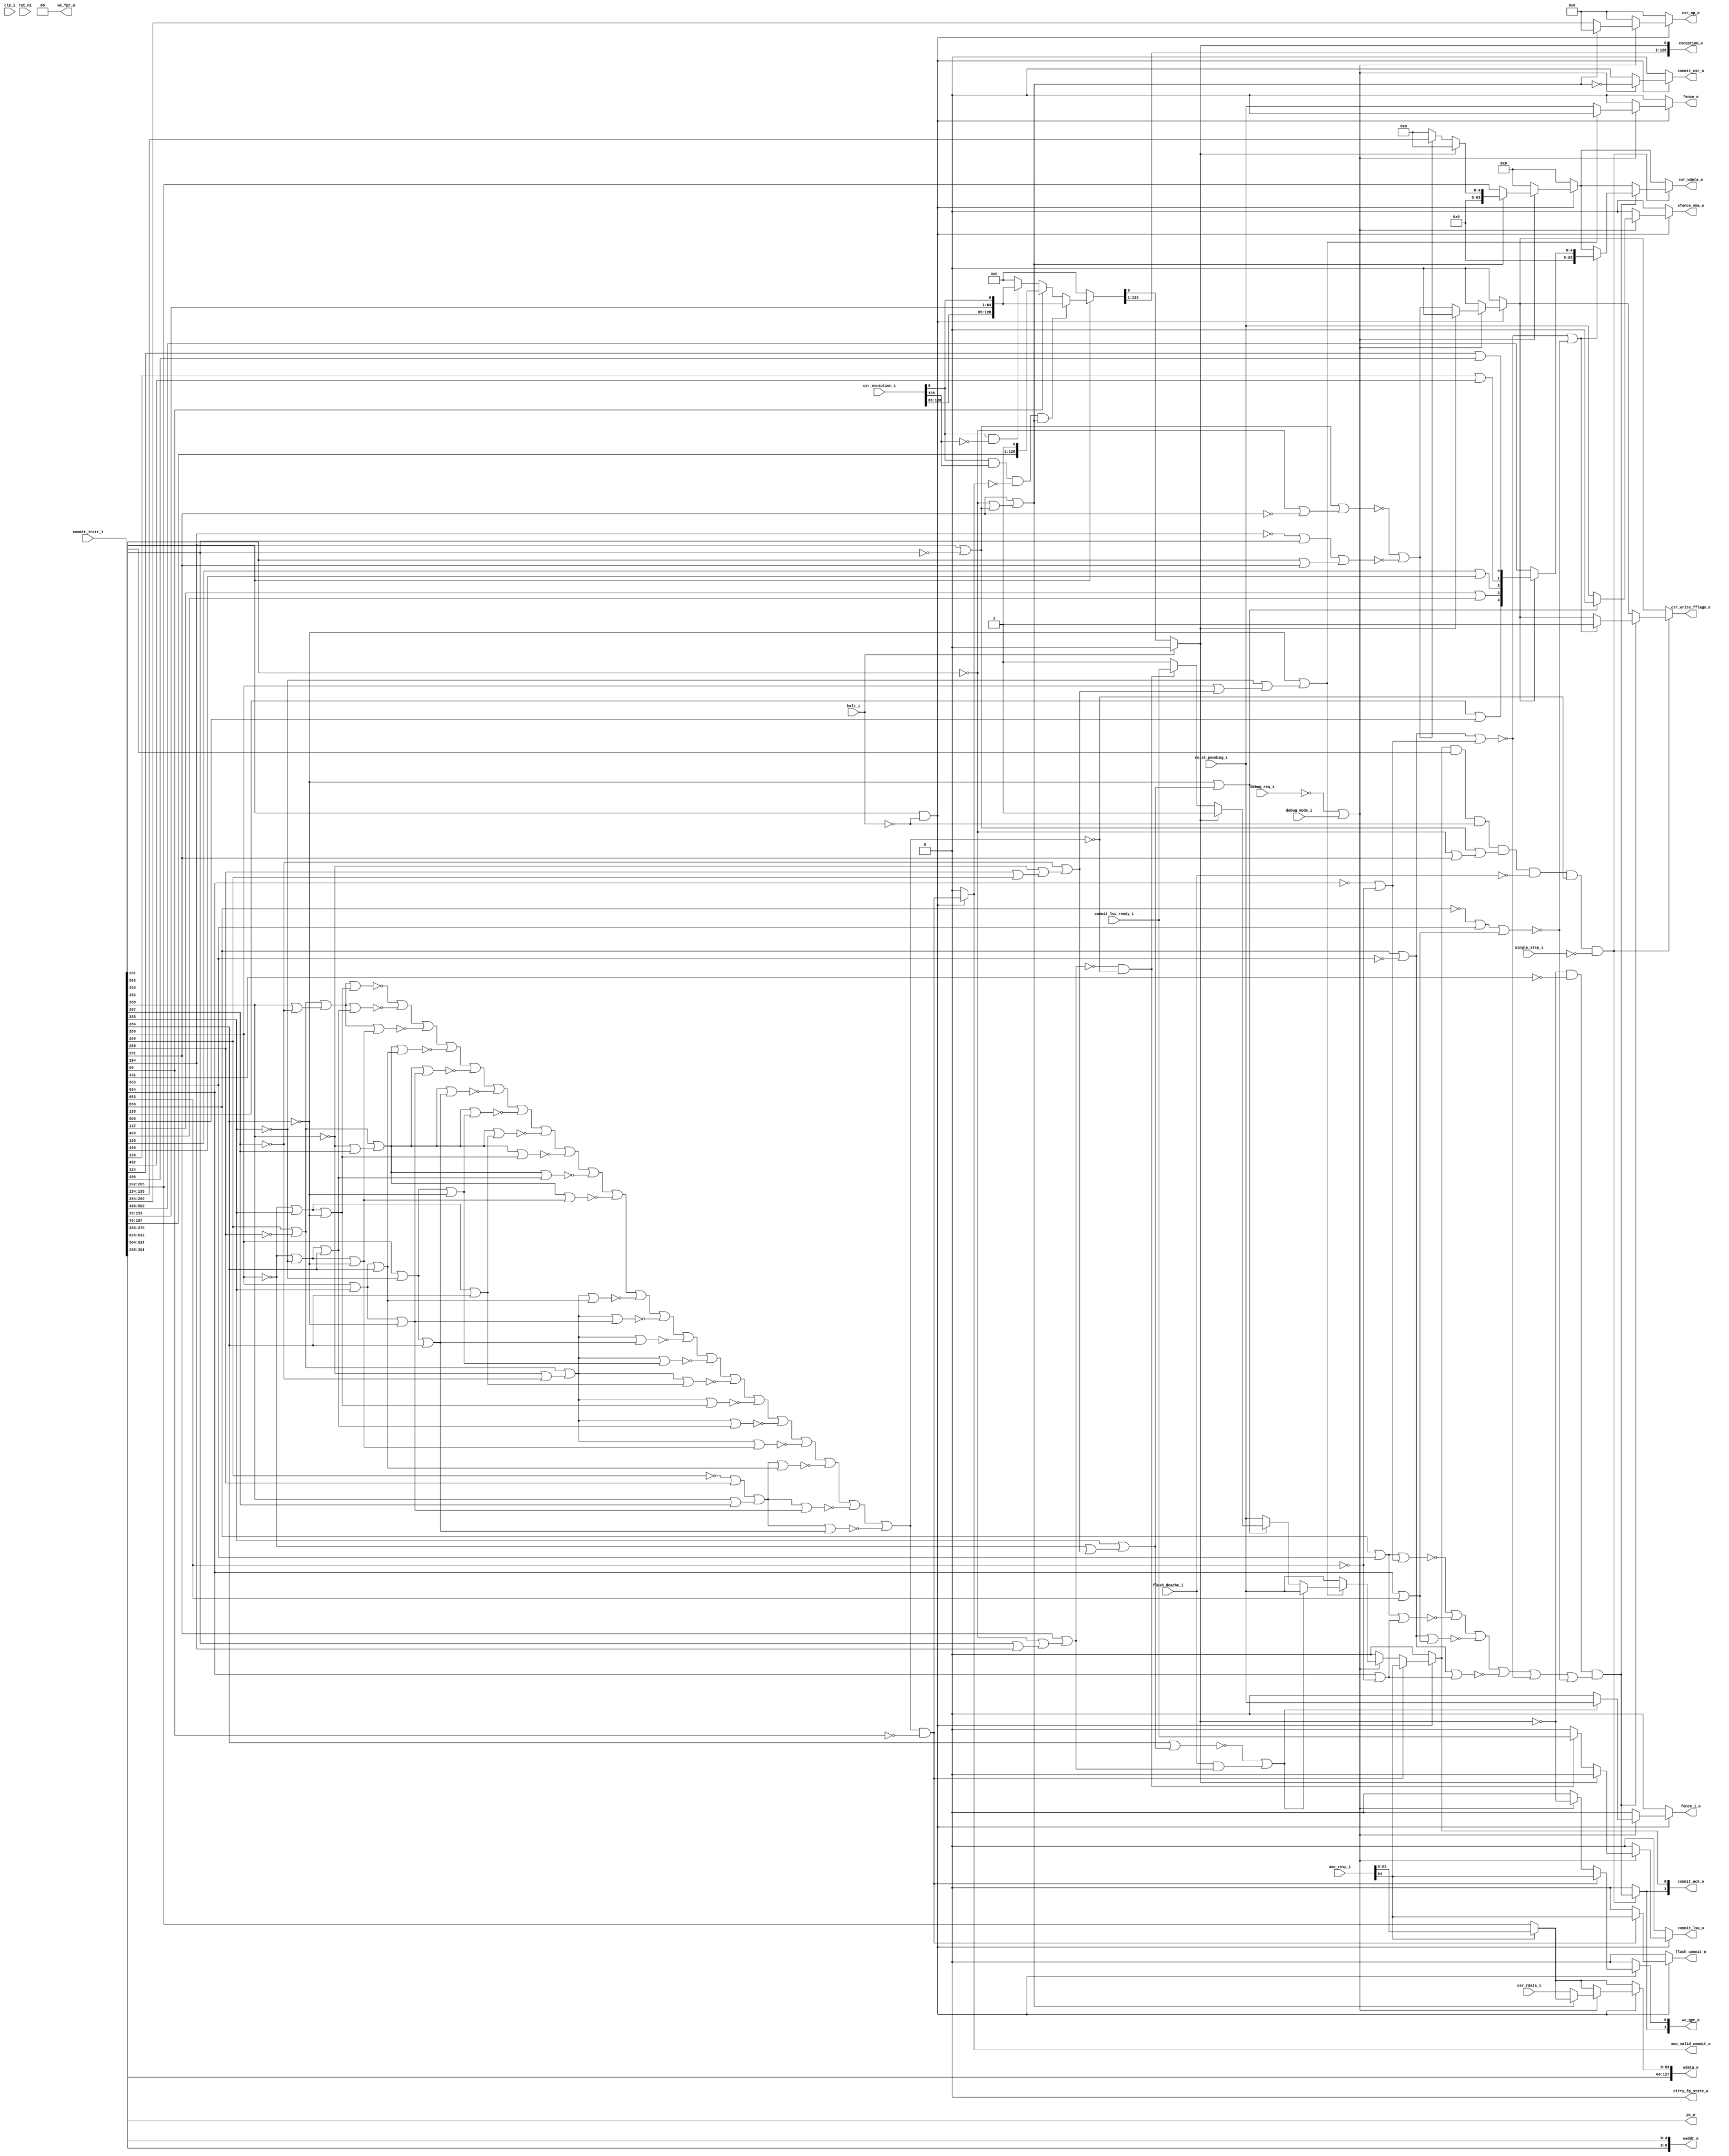
module commit_stage
(
  clk_i,
  rst_ni,
  halt_i,
  flush_dcache_i,
  exception_o,
  dirty_fp_state_o,
  debug_mode_i,
  debug_req_i,
  single_step_i,
  commit_instr_i,
  commit_ack_o,
  waddr_o,
  wdata_o,
  we_gpr_o,
  we_fpr_o,
  amo_resp_i,
  pc_o,
  csr_op_o,
  csr_wdata_o,
  csr_rdata_i,
  csr_exception_i,
  csr_write_fflags_o,
  commit_lsu_o,
  commit_lsu_ready_i,
  amo_valid_commit_o,
  no_st_pending_i,
  commit_csr_o,
  fence_i_o,
  fence_o,
  flush_commit_o,
  sfence_vma_o
);

  output [128:0] exception_o;
  input [723:0] commit_instr_i;
  output [1:0] commit_ack_o;
  output [9:0] waddr_o;
  output [127:0] wdata_o;
  output [1:0] we_gpr_o;
  output [1:0] we_fpr_o;
  input [64:0] amo_resp_i;
  output [63:0] pc_o;
  output [6:0] csr_op_o;
  output [63:0] csr_wdata_o;
  input [63:0] csr_rdata_i;
  input [128:0] csr_exception_i;
  input clk_i;
  input rst_ni;
  input halt_i;
  input flush_dcache_i;
  input debug_mode_i;
  input debug_req_i;
  input single_step_i;
  input commit_lsu_ready_i;
  input no_st_pending_i;
  output dirty_fp_state_o;
  output csr_write_fflags_o;
  output commit_lsu_o;
  output amo_valid_commit_o;
  output commit_csr_o;
  output fence_i_o;
  output fence_o;
  output flush_commit_o;
  output sfence_vma_o;
  wire [128:0] exception_o;
  wire [1:0] commit_ack_o,we_gpr_o,we_fpr_o;
  wire [9:0] waddr_o;
  wire [127:0] wdata_o;
  wire [63:0] pc_o,csr_wdata_o;
  wire [6:0] csr_op_o;
  wire dirty_fp_state_o,csr_write_fflags_o,commit_lsu_o,amo_valid_commit_o,
  commit_csr_o,fence_i_o,fence_o,flush_commit_o,sfence_vma_o,N0,N1,N2,N3,N4,N5,N6,N7,N8,N9,
  N10,N11,N12,N13,N14,N15,N16,N17,N18,N19,N20,N21,N22,N23,N24,N25,N26,N27,N28,N29,
  N30,N31,N32,N33,N34,N35,N36,N37,N38,N39,N40,N41,N42,N43,N44,N45,N46,N47,N48,N49,
  N50,N51,N52,N53,N54,N55,N56,N57,N58,N59,N60,N61,N62,N63,N64,N65,N66,N67,N68,N69,
  N70,N71,N72,N73,N74,instr_0_is_amo,N75,N76,N77,N78,N79,N80,N81,N82,N83,N84,N85,N86,
  N87,N88,N89,N90,N91,N92,N93,N94,N95,N96,N97,N98,N99,N100,N101,N102,N103,N104,
  N105,N106,N107,N108,N109,N110,N111,N112,N113,N114,N115,N116,N117,N118,N119,N120,
  N121,N122,N123,N124,N125,N126,N127,N128,N129,N130,N131,N132,N133,N134,N135,N136,
  N137,N138,N139,N140,N141,N142,N143,N144,N145,N146,N147,N148,N149,N150,N151,N152,
  N153,N154,N155,N156,N157,N158,N159,N160,N161,N162,N163,N164,N165,N166,N167,N168,
  N169,N170,N171,N172,N173,N174,N175,N176,N177,N178,N179,N180,N181,N182,N183,N184,
  N185,N186,N187,N188,N189,N190,N191,N192,N193,N194,N195,N196,N197,N198,N199,N200,
  N201,N202,N203,N204,N205,N206,N207,N208,N209,N210,N211,N212,N213,N214,N215,N216,
  N217,N218,N219,N220,N221,N222,N223,N224,N225,N226,N227,N228,N229,N230,N231,N232,
  N233,N234,N235,N236,N237,N238,N239,N240,N241,N242,N243,N244,N245,N246,N247,N248,
  N249,N250,N251,N252,N253,N254,N255,N256,N257,N258,N259,N260,N261,N262,N263,N264,
  N265,N266,N267,N268,N269,N270,N271,N272,N273,N274,N275,N276,N277,N278,N279,N280,
  N281,N282,N283,N284,N285,N286,N287,N288,N289,N290,N291,N292,N293,N294,N295,N296,
  N297,N298,N299,N300,N301,N302,N303,N304,N305,N306,N307,N308,N309,N310,N311,N312,
  N313,N314,N315,N316,N317,N318,N319,N320,N321,N322,N323,N324,N325,N326,N327,N328,
  N329,N330,N331,N332,N333,N334,N335,N336,N337,N338,N339,N340,N341,N342,N343,N344,
  N345,N346,N347,N348,N349,N350,N351,N352,N353,N354,N355,N356,N357,N358,N359,N360,
  N361,N362,N363,N364,N365,N366,N367,N368,N369,N370,N371,N372,N373,N374,N375,N376,
  N377,N378,N379,N380,N381,N382,N383,N384,N385,N386,N387,N388,N389,N390,N391,N392,
  N393,N394,N395,N396,N397,N398,N399,N400,N401,N402,N403,N404,N405,N406,N407,N408,
  N409,N410,N411,N412,N413,N414,N415,N416,N417,N418,N419,N420,N421,N422,N423,N424,
  N425,N426,N427,N428,N429,N430,N431,N432,N433,N434,N435,N436,N437,N438,N439,N440,
  N441,N442,N443,N444,N445,N446,N447,N448,N449,N450,N451,N452,N453,N454,N455,N456,
  N457,N458,N459,N460,N461,N462,N463,N464,N465,N466,N467,N468,N469,N470,N471,N472,
  N473,N474,N475,N476,N477,N478,N479,N480,N481,N482,N483,N484,N485,N486,N487,N488,
  N489,N490,N491,N492,N493,N494,N495,N496,N497,N498,N499,N500,N501,N502,N503,N504,
  N505,N506,N507,N508,N509,N510,N511,N512,N513,N514,N515,N516,N517,N518,N519,N520,
  N521,N522,N523,N524,N525,N526,N527,N528,N529,N530,N531,N532,N533,N534,N535,N536,
  N537,N538,N539,N540,N541,N542,N543,N544,N545,N546,N547,N548,N549,N550,N551,N552,
  N553,N554,N555,N556,N557,N558,N559,N560,N561,N562,N563,N564,N565,N566,N567,N568,
  N569,N570,N571,N572,N573,N574,N575,N576,N577,N578,N579,N580,N581,N582,N583,N584,
  N585,N586,N587,N588,N589,N590,N591,N592,N593,N594,N595,N596,N597,N598,N599,N600,
  N601,N602,N603,N604,N605,N606,N607,N608,N609,N610,N611,N612,N613,N614,N615,N616,
  N617,N618,N619,N620,N621,N622,N623,N624,N625,N626,N627,N628,N629,N630,N631,N632,
  N633,N634,N635,N636,N637,N638,N639,N640,N641,N642,N643,N644,N645,N646,N647,N648,
  N649,N650,N651,N652,N653,N654,N655,N656,N657,N658,N659,N660,N661,N662,N663,N664,
  N665,N666,N667,N668,N669,N670,N671,N672,N673,N674,N675,N676,N677,N678,N679,N680,
  N681,N682,N683,N684,N685,N686,N687,N688,N689,N690,N691,N692,N693,N694,N695,N696,
  N697,N698,N699,N700,N701,N702,N703,N704,N705,N706,N707,N708,N709,N710,N711,N712,
  N713,N714,N715,N716,N717,N718,N719,N720,N721,N722,N723,N724,N725,N726,N727,N728,
  N729,N730,N731,N732,N733,N734,N735,N736,N737,N738,N739,N740,N741,N742,N743,N744,
  N745,N746,N747,N748,N749,N750,N751,N752,N753,N754,N755,N756,N757,N758,N759,N760,
  N761,N762,N763,N764,N765,N766,N767,N768,N769,N770,N771,N772,N773,N774,N775,N776,
  N777,N778,N779,N780,N781,N782,N783,N784,N785,N786,N787,N788,N789,N790,N791,N792,
  N793,N794,N795,N796,N797,N798,N799,N800,N801,N802,N803,N804,N805,N806,N807,N808,
  N809,N810,N811,N812,N813,N814,N815,N816,N817,N818,N819,N820,N821,N822,N823,N824,
  N825,N826,N827,N828,N829,N830,N831,N832,N833,N834,N835,N836,N837,N838,N839,N840,
  N841,N842,N843,N844,N845,N846,N847,N848,N849,N850,N851,N852,N853,N854,N855,N856,
  N857,N858,N859,N860,N861,N862,N863,N864,N865,N866,N867,N868,N869,N870,N871,N872,
  N873,N874,N875,N876,N877,N878,N879,N880,N881,N882,N883,N884,N885,N886,N887,N888,
  N889,N890,N891,N892,N893,N894,N895,N896,N897,N898,N899,N900,N901,N902,N903,N904,
  N905,N906,N907,N908,N909,N910,N911,N912,N913,N914,N915,N916,N917,N918,N919,N920,
  N921,N922,N923,N924,N925,N926,N927,N928,N929,N930,N931,N932,N933,N934,N935,N936,
  N937,N938,N939,N940,N941,N942,N943,N944,N945,N946,N947,N948,N949,N950,N951,N952,
  N953,N954,N955,N956,N957,N958,N959,N960,N961,N962,N963,N964,N965,N966,N967,N968,
  N969,N970,N971,N972,N973,N974,N975,N976,N977,N978,N979,N980,N981,N982,N983,N984,
  N985,N986,N987,N988,N989,N990,N991,N992,N993,N994,N995,N996,N997,N998,N999,N1000,
  N1001,N1002,N1003,N1004,N1005,N1006,N1007,N1008,N1009,N1010,N1011,N1012,N1013,
  N1014,N1015,N1016,N1017,N1018,N1019,N1020,N1021,N1022,N1023,N1024,N1025,N1026,N1027,
  N1028,N1029,N1030,N1031,N1032,N1033,N1034,N1035,N1036,N1037,N1038,N1039,N1040,
  N1041,N1042,N1043,N1044,N1045,N1046,N1047,N1048,N1049,N1050,N1051,N1052,N1053,
  N1054,N1055,N1056,N1057,N1058,N1059,N1060,N1061,N1062,N1063,N1064,N1065,N1066,N1067,
  N1068,N1069,N1070,N1071,N1072,N1073,N1074,N1075,N1076,N1077,N1078,N1079,N1080,
  N1081,N1082,N1083,N1084,N1085,N1086,N1087,N1088,N1089,N1090,N1091,N1092,N1093,
  N1094,N1095,N1096,N1097,N1098,N1099,N1100,N1101,N1102,N1103,N1104,N1105,N1106,N1107,
  N1108,N1109,N1110,N1111,N1112,N1113,N1114,N1115,N1116,N1117,N1118,N1119,N1120,
  N1121,N1122,N1123,N1124,N1125,N1126,N1127,N1128,N1129,N1130,N1131,N1132,N1133,
  N1134,N1135,N1136,N1137,N1138,N1139,N1140,N1141,N1142,N1143,N1144,N1145,N1146,N1147,
  N1148,N1149,N1150,N1151,N1152,N1153,N1154,N1155,N1156,N1157,N1158,N1159,N1160,
  N1161,N1162,N1163,N1164,N1165,N1166,N1167,N1168,N1169,N1170,N1171,N1172,N1173,
  N1174,N1175,N1176,N1177,N1178,N1179,N1180,N1181,N1182,N1183,N1184,N1185,N1186,N1187;
  assign we_fpr_o[0] = 1'b0;
  assign we_fpr_o[1] = 1'b0;
  assign pc_o[63] = commit_instr_i[361];
  assign pc_o[62] = commit_instr_i[360];
  assign pc_o[61] = commit_instr_i[359];
  assign pc_o[60] = commit_instr_i[358];
  assign pc_o[59] = commit_instr_i[357];
  assign pc_o[58] = commit_instr_i[356];
  assign pc_o[57] = commit_instr_i[355];
  assign pc_o[56] = commit_instr_i[354];
  assign pc_o[55] = commit_instr_i[353];
  assign pc_o[54] = commit_instr_i[352];
  assign pc_o[53] = commit_instr_i[351];
  assign pc_o[52] = commit_instr_i[350];
  assign pc_o[51] = commit_instr_i[349];
  assign pc_o[50] = commit_instr_i[348];
  assign pc_o[49] = commit_instr_i[347];
  assign pc_o[48] = commit_instr_i[346];
  assign pc_o[47] = commit_instr_i[345];
  assign pc_o[46] = commit_instr_i[344];
  assign pc_o[45] = commit_instr_i[343];
  assign pc_o[44] = commit_instr_i[342];
  assign pc_o[43] = commit_instr_i[341];
  assign pc_o[42] = commit_instr_i[340];
  assign pc_o[41] = commit_instr_i[339];
  assign pc_o[40] = commit_instr_i[338];
  assign pc_o[39] = commit_instr_i[337];
  assign pc_o[38] = commit_instr_i[336];
  assign pc_o[37] = commit_instr_i[335];
  assign pc_o[36] = commit_instr_i[334];
  assign pc_o[35] = commit_instr_i[333];
  assign pc_o[34] = commit_instr_i[332];
  assign pc_o[33] = commit_instr_i[331];
  assign pc_o[32] = commit_instr_i[330];
  assign pc_o[31] = commit_instr_i[329];
  assign pc_o[30] = commit_instr_i[328];
  assign pc_o[29] = commit_instr_i[327];
  assign pc_o[28] = commit_instr_i[326];
  assign pc_o[27] = commit_instr_i[325];
  assign pc_o[26] = commit_instr_i[324];
  assign pc_o[25] = commit_instr_i[323];
  assign pc_o[24] = commit_instr_i[322];
  assign pc_o[23] = commit_instr_i[321];
  assign pc_o[22] = commit_instr_i[320];
  assign pc_o[21] = commit_instr_i[319];
  assign pc_o[20] = commit_instr_i[318];
  assign pc_o[19] = commit_instr_i[317];
  assign pc_o[18] = commit_instr_i[316];
  assign pc_o[17] = commit_instr_i[315];
  assign pc_o[16] = commit_instr_i[314];
  assign pc_o[15] = commit_instr_i[313];
  assign pc_o[14] = commit_instr_i[312];
  assign pc_o[13] = commit_instr_i[311];
  assign pc_o[12] = commit_instr_i[310];
  assign pc_o[11] = commit_instr_i[309];
  assign pc_o[10] = commit_instr_i[308];
  assign pc_o[9] = commit_instr_i[307];
  assign pc_o[8] = commit_instr_i[306];
  assign pc_o[7] = commit_instr_i[305];
  assign pc_o[6] = commit_instr_i[304];
  assign pc_o[5] = commit_instr_i[303];
  assign pc_o[4] = commit_instr_i[302];
  assign pc_o[3] = commit_instr_i[301];
  assign pc_o[2] = commit_instr_i[300];
  assign pc_o[1] = commit_instr_i[299];
  assign pc_o[0] = commit_instr_i[298];
  assign waddr_o[9] = commit_instr_i[632];
  assign waddr_o[8] = commit_instr_i[631];
  assign waddr_o[7] = commit_instr_i[630];
  assign waddr_o[6] = commit_instr_i[629];
  assign waddr_o[5] = commit_instr_i[628];
  assign waddr_o[4] = commit_instr_i[270];
  assign waddr_o[3] = commit_instr_i[269];
  assign waddr_o[2] = commit_instr_i[268];
  assign waddr_o[1] = commit_instr_i[267];
  assign waddr_o[0] = commit_instr_i[266];
  assign wdata_o[127] = commit_instr_i[627];
  assign wdata_o[126] = commit_instr_i[626];
  assign wdata_o[125] = commit_instr_i[625];
  assign wdata_o[124] = commit_instr_i[624];
  assign wdata_o[123] = commit_instr_i[623];
  assign wdata_o[122] = commit_instr_i[622];
  assign wdata_o[121] = commit_instr_i[621];
  assign wdata_o[120] = commit_instr_i[620];
  assign wdata_o[119] = commit_instr_i[619];
  assign wdata_o[118] = commit_instr_i[618];
  assign wdata_o[117] = commit_instr_i[617];
  assign wdata_o[116] = commit_instr_i[616];
  assign wdata_o[115] = commit_instr_i[615];
  assign wdata_o[114] = commit_instr_i[614];
  assign wdata_o[113] = commit_instr_i[613];
  assign wdata_o[112] = commit_instr_i[612];
  assign wdata_o[111] = commit_instr_i[611];
  assign wdata_o[110] = commit_instr_i[610];
  assign wdata_o[109] = commit_instr_i[609];
  assign wdata_o[108] = commit_instr_i[608];
  assign wdata_o[107] = commit_instr_i[607];
  assign wdata_o[106] = commit_instr_i[606];
  assign wdata_o[105] = commit_instr_i[605];
  assign wdata_o[104] = commit_instr_i[604];
  assign wdata_o[103] = commit_instr_i[603];
  assign wdata_o[102] = commit_instr_i[602];
  assign wdata_o[101] = commit_instr_i[601];
  assign wdata_o[100] = commit_instr_i[600];
  assign wdata_o[99] = commit_instr_i[599];
  assign wdata_o[98] = commit_instr_i[598];
  assign wdata_o[97] = commit_instr_i[597];
  assign wdata_o[96] = commit_instr_i[596];
  assign wdata_o[95] = commit_instr_i[595];
  assign wdata_o[94] = commit_instr_i[594];
  assign wdata_o[93] = commit_instr_i[593];
  assign wdata_o[92] = commit_instr_i[592];
  assign wdata_o[91] = commit_instr_i[591];
  assign wdata_o[90] = commit_instr_i[590];
  assign wdata_o[89] = commit_instr_i[589];
  assign wdata_o[88] = commit_instr_i[588];
  assign wdata_o[87] = commit_instr_i[587];
  assign wdata_o[86] = commit_instr_i[586];
  assign wdata_o[85] = commit_instr_i[585];
  assign wdata_o[84] = commit_instr_i[584];
  assign wdata_o[83] = commit_instr_i[583];
  assign wdata_o[82] = commit_instr_i[582];
  assign wdata_o[81] = commit_instr_i[581];
  assign wdata_o[80] = commit_instr_i[580];
  assign wdata_o[79] = commit_instr_i[579];
  assign wdata_o[78] = commit_instr_i[578];
  assign wdata_o[77] = commit_instr_i[577];
  assign wdata_o[76] = commit_instr_i[576];
  assign wdata_o[75] = commit_instr_i[575];
  assign wdata_o[74] = commit_instr_i[574];
  assign wdata_o[73] = commit_instr_i[573];
  assign wdata_o[72] = commit_instr_i[572];
  assign wdata_o[71] = commit_instr_i[571];
  assign wdata_o[70] = commit_instr_i[570];
  assign wdata_o[69] = commit_instr_i[569];
  assign wdata_o[68] = commit_instr_i[568];
  assign wdata_o[67] = commit_instr_i[567];
  assign wdata_o[66] = commit_instr_i[566];
  assign wdata_o[65] = commit_instr_i[565];
  assign wdata_o[64] = commit_instr_i[564];
  assign N28 = commit_instr_i[290] | N74;
  assign N29 = commit_instr_i[288] | N1097;
  assign N30 = N1107 | commit_instr_i[285];
  assign N31 = N28 | N29;
  assign N32 = N30 | N1099;
  assign N33 = N31 | N32;
  assign N34 = N1107 | N1098;
  assign N35 = N34 | commit_instr_i[284];
  assign N36 = N31 | N35;
  assign N37 = N34 | N1099;
  assign N38 = N31 | N37;
  assign N39 = N1096 | commit_instr_i[287];
  assign N40 = commit_instr_i[286] | commit_instr_i[285];
  assign N41 = N28 | N39;
  assign N42 = N40 | commit_instr_i[284];
  assign N43 = N41 | N42;
  assign N44 = N40 | N1099;
  assign N45 = N41 | N44;
  assign N46 = commit_instr_i[286] | N1098;
  assign N47 = N46 | commit_instr_i[284];
  assign N48 = N41 | N47;
  assign N49 = N46 | N1099;
  assign N50 = N41 | N49;
  assign N51 = N30 | commit_instr_i[284];
  assign N52 = N41 | N51;
  assign N53 = N41 | N32;
  assign N54 = N41 | N35;
  assign N55 = N41 | N37;
  assign N56 = N1096 | N1097;
  assign N57 = N28 | N56;
  assign N58 = N57 | N42;
  assign N59 = N57 | N44;
  assign N60 = N57 | N47;
  assign N61 = N57 | N49;
  assign N62 = N57 | N51;
  assign N63 = N57 | N32;
  assign N64 = N57 | N35;
  assign N65 = N57 | N37;
  assign N66 = N73 | commit_instr_i[289];
  assign N67 = commit_instr_i[288] | commit_instr_i[287];
  assign N68 = N66 | N67;
  assign N69 = N68 | N42;
  assign N70 = N68 | N44;
  assign N71 = N68 | N47;
  assign N151 = N1091 | N150;
  assign N152 = N528 | N151;
  assign N154 = N153 | commit_instr_i[293];
  assign N155 = commit_instr_i[292] | commit_instr_i[291];
  assign N156 = N154 | N155;
  assign N528 = commit_instr_i[294] | N1090;
  assign N529 = N1091 | commit_instr_i[291];
  assign N530 = N528 | N529;
  assign N533 = commit_instr_i[656] | commit_instr_i[655];
  assign N534 = N533 | N546;
  assign N535 = commit_instr_i[654] | N544;
  assign N536 = N533 | N535;
  assign N537 = N545 | N550;
  assign N538 = N545 | N535;
  assign N545 = commit_instr_i[656] | N542;
  assign N546 = N543 | N544;
  assign N547 = N545 | N546;
  assign N549 = N548 | commit_instr_i[655];
  assign N550 = commit_instr_i[654] | commit_instr_i[653];
  assign N551 = N549 | N550;
  assign N1090 = ~commit_instr_i[293];
  assign N1091 = ~commit_instr_i[292];
  assign N1092 = N1090 | commit_instr_i[294];
  assign N1093 = N1091 | N1092;
  assign N1094 = commit_instr_i[291] | N1093;
  assign N1095 = ~N1094;
  assign N1096 = ~commit_instr_i[288];
  assign N1097 = ~commit_instr_i[287];
  assign N1098 = ~commit_instr_i[285];
  assign N1099 = ~commit_instr_i[284];
  assign N1100 = commit_instr_i[289] | commit_instr_i[290];
  assign N1101 = N1096 | N1100;
  assign N1102 = N1097 | N1101;
  assign N1103 = commit_instr_i[286] | N1102;
  assign N1104 = N1098 | N1103;
  assign N1105 = N1099 | N1104;
  assign N1106 = ~N1105;
  assign N1107 = ~commit_instr_i[286];
  assign N1108 = N1107 | N1102;
  assign N1109 = commit_instr_i[285] | N1108;
  assign N1110 = N1099 | N1109;
  assign N1111 = ~N1110;
  assign N1112 = commit_instr_i[284] | N1109;
  assign N1113 = ~N1112;
  assign N1114 = commit_instr_i[293] | commit_instr_i[294];
  assign N1115 = N1091 | N1114;
  assign N1116 = commit_instr_i[291] | N1115;
  assign N1117 = ~N1116;
  assign { N141, N140, N139, N138, N137, N136, N135, N134, N133, N132, N131, N130, N129, N128, N127, N126, N125, N124, N123, N122, N121, N120, N119, N118, N117, N116, N115, N114, N113, N112, N111, N110, N109, N108, N107, N106, N105, N104, N103, N102, N101, N100, N99, N98, N97, N96, N95, N94, N93, N92, N91, N90, N89, N88, N87, N86, N85, N84, N83, N82, N81, N80, N79, N78 } = (N0)? amo_resp_i[63:0] : 
                                                                                                                                                                                                                                                                                                                                                                                        (N77)? commit_instr_i[265:202] : 1'b0;
  assign N0 = amo_resp_i[64];
  assign N148 = (N1)? commit_lsu_ready_i : 
                (N147)? 1'b1 : 1'b0;
  assign N1 = N146;
  assign N149 = (N1)? commit_lsu_ready_i : 
                (N147)? 1'b0 : 1'b0;
  assign { N163, N162, N161, N160, N159 } = (N2)? commit_instr_i[138:134] : 
                                            (N3)? { 1'b0, 1'b0, 1'b0, 1'b0, 1'b0 } : 1'b0;
  assign N2 = N157;
  assign N3 = N158;
  assign N164 = (N4)? N149 : 
                (N5)? 1'b0 : 1'b0;
  assign N4 = N76;
  assign N5 = exception_o[0];
  assign N165 = (N4)? N148 : 
                (N5)? 1'b1 : 1'b0;
  assign { N170, N169, N168, N167, N166 } = (N4)? { N163, N162, N161, N160, N159 } : 
                                            (N5)? { 1'b0, 1'b0, 1'b0, 1'b0, 1'b0 } : 1'b0;
  assign N171 = (N4)? N157 : 
                (N5)? 1'b0 : 1'b0;
  assign { N235, N234, N233, N232, N231, N230, N229, N228, N227, N226, N225, N224, N223, N222, N221, N220, N219, N218, N217, N216, N215, N214, N213, N212, N211, N210, N209, N208, N207, N206, N205, N204, N203, N202, N201, N200, N199, N198, N197, N196, N195, N194, N193, N192, N191, N190, N189, N188, N187, N186, N185, N184, N183, N182, N181, N180, N179, N178, N177, N176, N175, N174, N173, N172 } = (N6)? csr_rdata_i : 
                                                                                                                                                                                                                                                                                                                                                                                                              (N7)? { N141, N140, N139, N138, N137, N136, N135, N134, N133, N132, N131, N130, N129, N128, N127, N126, N125, N124, N123, N122, N121, N120, N119, N118, N117, N116, N115, N114, N113, N112, N111, N110, N109, N108, N107, N106, N105, N104, N103, N102, N101, N100, N99, N98, N97, N96, N95, N94, N93, N92, N91, N90, N89, N88, N87, N86, N85, N84, N83, N82, N81, N80, N79, N78 } : 1'b0;
  assign N6 = N1095;
  assign N7 = N1094;
  assign { N242, N241, N240, N239, N238, N237, N236 } = (N6)? commit_instr_i[290:284] : 
                                                        (N7)? { 1'b0, 1'b0, 1'b0, 1'b0, 1'b0, 1'b0, 1'b0 } : 1'b0;
  assign { N306, N305, N304, N303, N302, N301, N300, N299, N298, N297, N296, N295, N294, N293, N292, N291, N290, N289, N288, N287, N286, N285, N284, N283, N282, N281, N280, N279, N278, N277, N276, N275, N274, N273, N272, N271, N270, N269, N268, N267, N266, N265, N264, N263, N262, N261, N260, N259, N258, N257, N256, N255, N254, N253, N252, N251, N250, N249, N248, N247, N246, N245, N244, N243 } = (N6)? commit_instr_i[265:202] : 
                                                                                                                                                                                                                                                                                                                                                                                                              (N7)? { 1'b0, 1'b0, 1'b0, 1'b0, 1'b0, 1'b0, 1'b0, 1'b0, 1'b0, 1'b0, 1'b0, 1'b0, 1'b0, 1'b0, 1'b0, 1'b0, 1'b0, 1'b0, 1'b0, 1'b0, 1'b0, 1'b0, 1'b0, 1'b0, 1'b0, 1'b0, 1'b0, 1'b0, 1'b0, 1'b0, 1'b0, 1'b0, 1'b0, 1'b0, 1'b0, 1'b0, 1'b0, 1'b0, 1'b0, 1'b0, 1'b0, 1'b0, 1'b0, 1'b0, 1'b0, 1'b0, 1'b0, 1'b0, 1'b0, 1'b0, 1'b0, 1'b0, 1'b0, 1'b0, 1'b0, 1'b0, 1'b0, 1'b0, 1'b0, N170, N169, N168, N167, N166 } : 1'b0;
  assign N307 = (N8)? no_st_pending_i : 
                (N9)? 1'b0 : 1'b0;
  assign N8 = N1111;
  assign N9 = N1110;
  assign N308 = (N8)? no_st_pending_i : 
                (N9)? N165 : 1'b0;
  assign N311 = (N10)? no_st_pending_i : 
                (N310)? N308 : 1'b0;
  assign N10 = N309;
  assign N312 = (N10)? no_st_pending_i : 
                (N310)? 1'b0 : 1'b0;
  assign N313 = (N11)? no_st_pending_i : 
                (N12)? N311 : 1'b0;
  assign N11 = N1106;
  assign N12 = N1105;
  assign N314 = (N11)? no_st_pending_i : 
                (N12)? 1'b0 : 1'b0;
  assign N315 = (N13)? N313 : 
                (N145)? 1'b0 : 1'b0;
  assign N13 = N144;
  assign N316 = (N13)? N171 : 
                (N145)? 1'b0 : 1'b0;
  assign N317 = (N13)? N76 : 
                (N145)? 1'b0 : 1'b0;
  assign N318 = (N13)? N164 : 
                (N145)? 1'b0 : 1'b0;
  assign { N382, N381, N380, N379, N378, N377, N376, N375, N374, N373, N372, N371, N370, N369, N368, N367, N366, N365, N364, N363, N362, N361, N360, N359, N358, N357, N356, N355, N354, N353, N352, N351, N350, N349, N348, N347, N346, N345, N344, N343, N342, N341, N340, N339, N338, N337, N336, N335, N334, N333, N332, N331, N330, N329, N328, N327, N326, N325, N324, N323, N322, N321, N320, N319 } = (N13)? { N306, N305, N304, N303, N302, N301, N300, N299, N298, N297, N296, N295, N294, N293, N292, N291, N290, N289, N288, N287, N286, N285, N284, N283, N282, N281, N280, N279, N278, N277, N276, N275, N274, N273, N272, N271, N270, N269, N268, N267, N266, N265, N264, N263, N262, N261, N260, N259, N258, N257, N256, N255, N254, N253, N252, N251, N250, N249, N248, N247, N246, N245, N244, N243 } : 
                                                                                                                                                                                                                                                                                                                                                                                                              (N145)? { 1'b0, 1'b0, 1'b0, 1'b0, 1'b0, 1'b0, 1'b0, 1'b0, 1'b0, 1'b0, 1'b0, 1'b0, 1'b0, 1'b0, 1'b0, 1'b0, 1'b0, 1'b0, 1'b0, 1'b0, 1'b0, 1'b0, 1'b0, 1'b0, 1'b0, 1'b0, 1'b0, 1'b0, 1'b0, 1'b0, 1'b0, 1'b0, 1'b0, 1'b0, 1'b0, 1'b0, 1'b0, 1'b0, 1'b0, 1'b0, 1'b0, 1'b0, 1'b0, 1'b0, 1'b0, 1'b0, 1'b0, 1'b0, 1'b0, 1'b0, 1'b0, 1'b0, 1'b0, 1'b0, 1'b0, 1'b0, 1'b0, 1'b0, 1'b0, 1'b0, 1'b0, 1'b0, 1'b0, 1'b0 } : 1'b0;
  assign { N389, N388, N387, N386, N385, N384, N383 } = (N13)? { N242, N241, N240, N239, N238, N237, N236 } : 
                                                        (N145)? { 1'b0, 1'b0, 1'b0, 1'b0, 1'b0, 1'b0, 1'b0 } : 1'b0;
  assign N390 = (N13)? N1095 : 
                (N145)? 1'b0 : 1'b0;
  assign { N454, N453, N452, N451, N450, N449, N448, N447, N446, N445, N444, N443, N442, N441, N440, N439, N438, N437, N436, N435, N434, N433, N432, N431, N430, N429, N428, N427, N426, N425, N424, N423, N422, N421, N420, N419, N418, N417, N416, N415, N414, N413, N412, N411, N410, N409, N408, N407, N406, N405, N404, N403, N402, N401, N400, N399, N398, N397, N396, N395, N394, N393, N392, N391 } = (N13)? { N235, N234, N233, N232, N231, N230, N229, N228, N227, N226, N225, N224, N223, N222, N221, N220, N219, N218, N217, N216, N215, N214, N213, N212, N211, N210, N209, N208, N207, N206, N205, N204, N203, N202, N201, N200, N199, N198, N197, N196, N195, N194, N193, N192, N191, N190, N189, N188, N187, N186, N185, N184, N183, N182, N181, N180, N179, N178, N177, N176, N175, N174, N173, N172 } : 
                                                                                                                                                                                                                                                                                                                                                                                                              (N145)? { N141, N140, N139, N138, N137, N136, N135, N134, N133, N132, N131, N130, N129, N128, N127, N126, N125, N124, N123, N122, N121, N120, N119, N118, N117, N116, N115, N114, N113, N112, N111, N110, N109, N108, N107, N106, N105, N104, N103, N102, N101, N100, N99, N98, N97, N96, N95, N94, N93, N92, N91, N90, N89, N88, N87, N86, N85, N84, N83, N82, N81, N80, N79, N78 } : 1'b0;
  assign N455 = (N13)? N307 : 
                (N145)? 1'b0 : 1'b0;
  assign N456 = (N13)? N312 : 
                (N145)? 1'b0 : 1'b0;
  assign N457 = (N13)? N314 : 
                (N145)? 1'b0 : 1'b0;
  assign N460 = (N14)? amo_resp_i[64] : 
                (N459)? N315 : 1'b0;
  assign N14 = N458;
  assign N461 = (N14)? amo_resp_i[64] : 
                (N459)? 1'b0 : 1'b0;
  assign N462 = (N14)? amo_resp_i[64] : 
                (N459)? N317 : 1'b0;
  assign fence_o = (N15)? N457 : 
                   (N143)? 1'b0 : 1'b0;
  assign N15 = N142;
  assign commit_ack_o[0] = (N15)? N460 : 
                           (N143)? 1'b0 : 1'b0;
  assign N463 = (N15)? N316 : 
                (N143)? 1'b0 : 1'b0;
  assign we_gpr_o[0] = (N15)? N462 : 
                       (N143)? 1'b0 : 1'b0;
  assign commit_lsu_o = (N15)? N318 : 
                        (N143)? 1'b0 : 1'b0;
  assign { N527, N526, N525, N524, N523, N522, N521, N520, N519, N518, N517, N516, N515, N514, N513, N512, N511, N510, N509, N508, N507, N506, N505, N504, N503, N502, N501, N500, N499, N498, N497, N496, N495, N494, N493, N492, N491, N490, N489, N488, N487, N486, N485, N484, N483, N482, N481, N480, N479, N478, N477, N476, N475, N474, N473, N472, N471, N470, N469, N468, N467, N466, N465, N464 } = (N15)? { N382, N381, N380, N379, N378, N377, N376, N375, N374, N373, N372, N371, N370, N369, N368, N367, N366, N365, N364, N363, N362, N361, N360, N359, N358, N357, N356, N355, N354, N353, N352, N351, N350, N349, N348, N347, N346, N345, N344, N343, N342, N341, N340, N339, N338, N337, N336, N335, N334, N333, N332, N331, N330, N329, N328, N327, N326, N325, N324, N323, N322, N321, N320, N319 } : 
                                                                                                                                                                                                                                                                                                                                                                                                              (N143)? { 1'b0, 1'b0, 1'b0, 1'b0, 1'b0, 1'b0, 1'b0, 1'b0, 1'b0, 1'b0, 1'b0, 1'b0, 1'b0, 1'b0, 1'b0, 1'b0, 1'b0, 1'b0, 1'b0, 1'b0, 1'b0, 1'b0, 1'b0, 1'b0, 1'b0, 1'b0, 1'b0, 1'b0, 1'b0, 1'b0, 1'b0, 1'b0, 1'b0, 1'b0, 1'b0, 1'b0, 1'b0, 1'b0, 1'b0, 1'b0, 1'b0, 1'b0, 1'b0, 1'b0, 1'b0, 1'b0, 1'b0, 1'b0, 1'b0, 1'b0, 1'b0, 1'b0, 1'b0, 1'b0, 1'b0, 1'b0, 1'b0, 1'b0, 1'b0, 1'b0, 1'b0, 1'b0, 1'b0, 1'b0 } : 1'b0;
  assign csr_op_o = (N15)? { N389, N388, N387, N386, N385, N384, N383 } : 
                    (N143)? { 1'b0, 1'b0, 1'b0, 1'b0, 1'b0, 1'b0, 1'b0 } : 1'b0;
  assign commit_csr_o = (N15)? N390 : 
                        (N143)? 1'b0 : 1'b0;
  assign wdata_o[63:0] = (N15)? { N454, N453, N452, N451, N450, N449, N448, N447, N446, N445, N444, N443, N442, N441, N440, N439, N438, N437, N436, N435, N434, N433, N432, N431, N430, N429, N428, N427, N426, N425, N424, N423, N422, N421, N420, N419, N418, N417, N416, N415, N414, N413, N412, N411, N410, N409, N408, N407, N406, N405, N404, N403, N402, N401, N400, N399, N398, N397, N396, N395, N394, N393, N392, N391 } : 
                         (N143)? { N141, N140, N139, N138, N137, N136, N135, N134, N133, N132, N131, N130, N129, N128, N127, N126, N125, N124, N123, N122, N121, N120, N119, N118, N117, N116, N115, N114, N113, N112, N111, N110, N109, N108, N107, N106, N105, N104, N103, N102, N101, N100, N99, N98, N97, N96, N95, N94, N93, N92, N91, N90, N89, N88, N87, N86, N85, N84, N83, N82, N81, N80, N79, N78 } : 1'b0;
  assign sfence_vma_o = (N15)? N455 : 
                        (N143)? 1'b0 : 1'b0;
  assign fence_i_o = (N15)? N456 : 
                     (N143)? 1'b0 : 1'b0;
  assign amo_valid_commit_o = (N15)? N458 : 
                              (N143)? 1'b0 : 1'b0;
  assign flush_commit_o = (N15)? N461 : 
                          (N143)? 1'b0 : 1'b0;
  assign { N564, N563, N562, N561, N560 } = (N16)? { N555, N556, N557, N558, N559 } : 
                                            (N17)? commit_instr_i[500:496] : 1'b0;
  assign N16 = N463;
  assign N17 = N554;
  assign { N628, N627, N626, N625, N624, N623, N622, N621, N620, N619, N618, N617, N616, N615, N614, N613, N612, N611, N610, N609, N608, N607, N606, N605, N604, N603, N602, N601, N600, N599, N598, N597, N596, N595, N594, N593, N592, N591, N590, N589, N588, N587, N586, N585, N584, N583, N582, N581, N580, N579, N578, N577, N576, N575, N574, N573, N572, N571, N570, N569, N568, N567, N566, N565 } = (N18)? { 1'b0, 1'b0, 1'b0, 1'b0, 1'b0, 1'b0, 1'b0, 1'b0, 1'b0, 1'b0, 1'b0, 1'b0, 1'b0, 1'b0, 1'b0, 1'b0, 1'b0, 1'b0, 1'b0, 1'b0, 1'b0, 1'b0, 1'b0, 1'b0, 1'b0, 1'b0, 1'b0, 1'b0, 1'b0, 1'b0, 1'b0, 1'b0, 1'b0, 1'b0, 1'b0, 1'b0, 1'b0, 1'b0, 1'b0, 1'b0, 1'b0, 1'b0, 1'b0, 1'b0, 1'b0, 1'b0, 1'b0, 1'b0, 1'b0, 1'b0, 1'b0, 1'b0, 1'b0, 1'b0, 1'b0, 1'b0, 1'b0, 1'b0, 1'b0, N564, N563, N562, N561, N560 } : 
                                                                                                                                                                                                                                                                                                                                                                                                              (N19)? { N527, N526, N525, N524, N523, N522, N521, N520, N519, N518, N517, N516, N515, N514, N513, N512, N511, N510, N509, N508, N507, N506, N505, N504, N503, N502, N501, N500, N499, N498, N497, N496, N495, N494, N493, N492, N491, N490, N489, N488, N487, N486, N485, N484, N483, N482, N481, N480, N479, N478, N477, N476, N475, N474, N473, N472, N471, N470, N469, N468, N467, N466, N465, N464 } : 1'b0;
  assign N18 = N552;
  assign N19 = N553;
  assign N629 = (N18)? 1'b1 : 
                (N19)? N463 : 1'b0;
  assign { N693, N692, N691, N690, N689, N688, N687, N686, N685, N684, N683, N682, N681, N680, N679, N678, N677, N676, N675, N674, N673, N672, N671, N670, N669, N668, N667, N666, N665, N664, N663, N662, N661, N660, N659, N658, N657, N656, N655, N654, N653, N652, N651, N650, N649, N648, N647, N646, N645, N644, N643, N642, N641, N640, N639, N638, N637, N636, N635, N634, N633, N632, N631, N630 } = (N20)? { N628, N627, N626, N625, N624, N623, N622, N621, N620, N619, N618, N617, N616, N615, N614, N613, N612, N611, N610, N609, N608, N607, N606, N605, N604, N603, N602, N601, N600, N599, N598, N597, N596, N595, N594, N593, N592, N591, N590, N589, N588, N587, N586, N585, N584, N583, N582, N581, N580, N579, N578, N577, N576, N575, N574, N573, N572, N571, N570, N569, N568, N567, N566, N565 } : 
                                                                                                                                                                                                                                                                                                                                                                                                              (N541)? { N527, N526, N525, N524, N523, N522, N521, N520, N519, N518, N517, N516, N515, N514, N513, N512, N511, N510, N509, N508, N507, N506, N505, N504, N503, N502, N501, N500, N499, N498, N497, N496, N495, N494, N493, N492, N491, N490, N489, N488, N487, N486, N485, N484, N483, N482, N481, N480, N479, N478, N477, N476, N475, N474, N473, N472, N471, N470, N469, N468, N467, N466, N465, N464 } : 1'b0;
  assign N20 = N540;
  assign N694 = (N20)? N629 : 
                (N541)? N463 : 1'b0;
  assign csr_wdata_o = (N21)? { N693, N692, N691, N690, N689, N688, N687, N686, N685, N684, N683, N682, N681, N680, N679, N678, N677, N676, N675, N674, N673, N672, N671, N670, N669, N668, N667, N666, N665, N664, N663, N662, N661, N660, N659, N658, N657, N656, N655, N654, N653, N652, N651, N650, N649, N648, N647, N646, N645, N644, N643, N642, N641, N640, N639, N638, N637, N636, N635, N634, N633, N632, N631, N630 } : 
                       (N532)? { N527, N526, N525, N524, N523, N522, N521, N520, N519, N518, N517, N516, N515, N514, N513, N512, N511, N510, N509, N508, N507, N506, N505, N504, N503, N502, N501, N500, N499, N498, N497, N496, N495, N494, N493, N492, N491, N490, N489, N488, N487, N486, N485, N484, N483, N482, N481, N480, N479, N478, N477, N476, N475, N474, N473, N472, N471, N470, N469, N468, N467, N466, N465, N464 } : 1'b0;
  assign N21 = N531;
  assign csr_write_fflags_o = (N21)? N694 : 
                              (N532)? N463 : 1'b0;
  assign we_gpr_o[1] = (N21)? N540 : 
                       (N532)? 1'b0 : 1'b0;
  assign commit_ack_o[1] = (N21)? N540 : 
                           (N532)? 1'b0 : 1'b0;
  assign { N826, N825, N824, N823, N822, N821, N820, N819, N818, N817, N816, N815, N814, N813, N812, N811, N810, N809, N808, N807, N806, N805, N804, N803, N802, N801, N800, N799, N798, N797, N796, N795, N794, N793, N792, N791, N790, N789, N788, N787, N786, N785, N784, N783, N782, N781, N780, N779, N778, N777, N776, N775, N774, N773, N772, N771, N770, N769, N768, N767, N766, N765, N764, N763, N762, N761, N760, N759, N758, N757, N756, N755, N754, N753, N752, N751, N750, N749, N748, N747, N746, N745, N744, N743, N742, N741, N740, N739, N738, N737, N736, N735, N734, N733, N732, N731, N730, N729, N728, N727, N726, N725, N724, N723, N722, N721, N720, N719, N718, N717, N716, N715, N714, N713, N712, N711, N710, N709, N708, N707, N706, N705, N704, N703, N702, N701, N700, N699, N698 } = (N22)? { csr_exception_i[128:65], commit_instr_i[133:70], csr_exception_i[0:0] } : 
                                                                                                                                                                                                                                                                                                                                                                                                                                                                                                                                                                                                                                                                                                                                                                                                                    (N697)? { 1'b0, 1'b0, 1'b0, 1'b0, 1'b0, 1'b0, 1'b0, 1'b0, 1'b0, 1'b0, 1'b0, 1'b0, 1'b0, 1'b0, 1'b0, 1'b0, 1'b0, 1'b0, 1'b0, 1'b0, 1'b0, 1'b0, 1'b0, 1'b0, 1'b0, 1'b0, 1'b0, 1'b0, 1'b0, 1'b0, 1'b0, 1'b0, 1'b0, 1'b0, 1'b0, 1'b0, 1'b0, 1'b0, 1'b0, 1'b0, 1'b0, 1'b0, 1'b0, 1'b0, 1'b0, 1'b0, 1'b0, 1'b0, 1'b0, 1'b0, 1'b0, 1'b0, 1'b0, 1'b0, 1'b0, 1'b0, 1'b0, 1'b0, 1'b0, 1'b0, 1'b0, 1'b0, 1'b0, 1'b0, 1'b0, 1'b0, 1'b0, 1'b0, 1'b0, 1'b0, 1'b0, 1'b0, 1'b0, 1'b0, 1'b0, 1'b0, 1'b0, 1'b0, 1'b0, 1'b0, 1'b0, 1'b0, 1'b0, 1'b0, 1'b0, 1'b0, 1'b0, 1'b0, 1'b0, 1'b0, 1'b0, 1'b0, 1'b0, 1'b0, 1'b0, 1'b0, 1'b0, 1'b0, 1'b0, 1'b0, 1'b0, 1'b0, 1'b0, 1'b0, 1'b0, 1'b0, 1'b0, 1'b0, 1'b0, 1'b0, 1'b0, 1'b0, 1'b0, 1'b0, 1'b0, 1'b0, 1'b0, 1'b0, 1'b0, 1'b0, 1'b0, 1'b0, 1'b0, 1'b0, 1'b0, 1'b0, 1'b0, 1'b0, 1'b0 } : 1'b0;
  assign N22 = N696;
  assign { N956, N955, N954, N953, N952, N951, N950, N949, N948, N947, N946, N945, N944, N943, N942, N941, N940, N939, N938, N937, N936, N935, N934, N933, N932, N931, N930, N929, N928, N927, N926, N925, N924, N923, N922, N921, N920, N919, N918, N917, N916, N915, N914, N913, N912, N911, N910, N909, N908, N907, N906, N905, N904, N903, N902, N901, N900, N899, N898, N897, N896, N895, N894, N893, N892, N891, N890, N889, N888, N887, N886, N885, N884, N883, N882, N881, N880, N879, N878, N877, N876, N875, N874, N873, N872, N871, N870, N869, N868, N867, N866, N865, N864, N863, N862, N861, N860, N859, N858, N857, N856, N855, N854, N853, N852, N851, N850, N849, N848, N847, N846, N845, N844, N843, N842, N841, N840, N839, N838, N837, N836, N835, N834, N833, N832, N831, N830, N829, N828 } = (N23)? commit_instr_i[197:69] : 
                                                                                                                                                                                                                                                                                                                                                                                                                                                                                                                                                                                                                                                                                                                                                                                                                    (N827)? { N826, N825, N824, N823, N822, N821, N820, N819, N818, N817, N816, N815, N814, N813, N812, N811, N810, N809, N808, N807, N806, N805, N804, N803, N802, N801, N800, N799, N798, N797, N796, N795, N794, N793, N792, N791, N790, N789, N788, N787, N786, N785, N784, N783, N782, N781, N780, N779, N778, N777, N776, N775, N774, N773, N772, N771, N770, N769, N768, N767, N766, N765, N764, N763, N762, N761, N760, N759, N758, N757, N756, N755, N754, N753, N752, N751, N750, N749, N748, N747, N746, N745, N744, N743, N742, N741, N740, N739, N738, N737, N736, N735, N734, N733, N732, N731, N730, N729, N728, N727, N726, N725, N724, N723, N722, N721, N720, N719, N718, N717, N716, N715, N714, N713, N712, N711, N710, N709, N708, N707, N706, N705, N704, N703, N702, N701, N700, N699, N698 } : 1'b0;
  assign N23 = commit_instr_i[69];
  assign { N1087, N1086, N1085, N1084, N1083, N1082, N1081, N1080, N1079, N1078, N1077, N1076, N1075, N1074, N1073, N1072, N1071, N1070, N1069, N1068, N1067, N1066, N1065, N1064, N1063, N1062, N1061, N1060, N1059, N1058, N1057, N1056, N1055, N1054, N1053, N1052, N1051, N1050, N1049, N1048, N1047, N1046, N1045, N1044, N1043, N1042, N1041, N1040, N1039, N1038, N1037, N1036, N1035, N1034, N1033, N1032, N1031, N1030, N1029, N1028, N1027, N1026, N1025, N1024, N1023, N1022, N1021, N1020, N1019, N1018, N1017, N1016, N1015, N1014, N1013, N1012, N1011, N1010, N1009, N1008, N1007, N1006, N1005, N1004, N1003, N1002, N1001, N1000, N999, N998, N997, N996, N995, N994, N993, N992, N991, N990, N989, N988, N987, N986, N985, N984, N983, N982, N981, N980, N979, N978, N977, N976, N975, N974, N973, N972, N971, N970, N969, N968, N967, N966, N965, N964, N963, N962, N961, N960, N959 } = (N24)? { csr_exception_i[128:65], commit_instr_i[133:70], csr_exception_i[0:0] } : 
                                                                                                                                                                                                                                                                                                                                                                                                                                                                                                                                                                                                                                                                                                                                                                                                                                                                                                            (N958)? { N956, N955, N954, N953, N952, N951, N950, N949, N948, N947, N946, N945, N944, N943, N942, N941, N940, N939, N938, N937, N936, N935, N934, N933, N932, N931, N930, N929, N928, N927, N926, N925, N924, N923, N922, N921, N920, N919, N918, N917, N916, N915, N914, N913, N912, N911, N910, N909, N908, N907, N906, N905, N904, N903, N902, N901, N900, N899, N898, N897, N896, N895, N894, N893, N892, N891, N890, N889, N888, N887, N886, N885, N884, N883, N882, N881, N880, N879, N878, N877, N876, N875, N874, N873, N872, N871, N870, N869, N868, N867, N866, N865, N864, N863, N862, N861, N860, N859, N858, N857, N856, N855, N854, N853, N852, N851, N850, N849, N848, N847, N846, N845, N844, N843, N842, N841, N840, N839, N838, N837, N836, N835, N834, N833, N832, N831, N830, N829, N828 } : 1'b0;
  assign N24 = N957;
  assign { exception_o[128:1], N1088 } = (N25)? { N1087, N1086, N1085, N1084, N1083, N1082, N1081, N1080, N1079, N1078, N1077, N1076, N1075, N1074, N1073, N1072, N1071, N1070, N1069, N1068, N1067, N1066, N1065, N1064, N1063, N1062, N1061, N1060, N1059, N1058, N1057, N1056, N1055, N1054, N1053, N1052, N1051, N1050, N1049, N1048, N1047, N1046, N1045, N1044, N1043, N1042, N1041, N1040, N1039, N1038, N1037, N1036, N1035, N1034, N1033, N1032, N1031, N1030, N1029, N1028, N1027, N1026, N1025, N1024, N1023, N1022, N1021, N1020, N1019, N1018, N1017, N1016, N1015, N1014, N1013, N1012, N1011, N1010, N1009, N1008, N1007, N1006, N1005, N1004, N1003, N1002, N1001, N1000, N999, N998, N997, N996, N995, N994, N993, N992, N991, N990, N989, N988, N987, N986, N985, N984, N983, N982, N981, N980, N979, N978, N977, N976, N975, N974, N973, N972, N971, N970, N969, N968, N967, N966, N965, N964, N963, N962, N961, N960, N959 } : 
                                         (N695)? { 1'b0, 1'b0, 1'b0, 1'b0, 1'b0, 1'b0, 1'b0, 1'b0, 1'b0, 1'b0, 1'b0, 1'b0, 1'b0, 1'b0, 1'b0, 1'b0, 1'b0, 1'b0, 1'b0, 1'b0, 1'b0, 1'b0, 1'b0, 1'b0, 1'b0, 1'b0, 1'b0, 1'b0, 1'b0, 1'b0, 1'b0, 1'b0, 1'b0, 1'b0, 1'b0, 1'b0, 1'b0, 1'b0, 1'b0, 1'b0, 1'b0, 1'b0, 1'b0, 1'b0, 1'b0, 1'b0, 1'b0, 1'b0, 1'b0, 1'b0, 1'b0, 1'b0, 1'b0, 1'b0, 1'b0, 1'b0, 1'b0, 1'b0, 1'b0, 1'b0, 1'b0, 1'b0, 1'b0, 1'b0, 1'b0, 1'b0, 1'b0, 1'b0, 1'b0, 1'b0, 1'b0, 1'b0, 1'b0, 1'b0, 1'b0, 1'b0, 1'b0, 1'b0, 1'b0, 1'b0, 1'b0, 1'b0, 1'b0, 1'b0, 1'b0, 1'b0, 1'b0, 1'b0, 1'b0, 1'b0, 1'b0, 1'b0, 1'b0, 1'b0, 1'b0, 1'b0, 1'b0, 1'b0, 1'b0, 1'b0, 1'b0, 1'b0, 1'b0, 1'b0, 1'b0, 1'b0, 1'b0, 1'b0, 1'b0, 1'b0, 1'b0, 1'b0, 1'b0, 1'b0, 1'b0, 1'b0, 1'b0, 1'b0, 1'b0, 1'b0, 1'b0, 1'b0, 1'b0, 1'b0, 1'b0, 1'b0, 1'b0, 1'b0, 1'b0 } : 1'b0;
  assign N25 = commit_instr_i[201];
  assign exception_o[0] = (N26)? 1'b0 : 
                          (N27)? N1088 : 1'b0;
  assign N26 = halt_i;
  assign N27 = N1089;
  assign dirty_fp_state_o = 1'b0 | 1'b0;
  assign N72 = N1158 | N1159;
  assign N1158 = N1156 | N1157;
  assign N1156 = N1154 | N1155;
  assign N1154 = N1152 | N1153;
  assign N1152 = N1150 | N1151;
  assign N1150 = N1148 | N1149;
  assign N1148 = N1146 | N1147;
  assign N1146 = N1144 | N1145;
  assign N1144 = N1142 | N1143;
  assign N1142 = N1140 | N1141;
  assign N1140 = N1138 | N1139;
  assign N1138 = N1136 | N1137;
  assign N1136 = N1134 | N1135;
  assign N1134 = N1132 | N1133;
  assign N1132 = N1130 | N1131;
  assign N1130 = N1128 | N1129;
  assign N1128 = N1126 | N1127;
  assign N1126 = N1124 | N1125;
  assign N1124 = N1122 | N1123;
  assign N1122 = N1120 | N1121;
  assign N1120 = N1118 | N1119;
  assign N1118 = ~N33;
  assign N1119 = ~N36;
  assign N1121 = ~N38;
  assign N1123 = ~N43;
  assign N1125 = ~N45;
  assign N1127 = ~N48;
  assign N1129 = ~N50;
  assign N1131 = ~N52;
  assign N1133 = ~N53;
  assign N1135 = ~N54;
  assign N1137 = ~N55;
  assign N1139 = ~N58;
  assign N1141 = ~N59;
  assign N1143 = ~N60;
  assign N1145 = ~N61;
  assign N1147 = ~N62;
  assign N1149 = ~N63;
  assign N1151 = ~N64;
  assign N1153 = ~N65;
  assign N1155 = ~N69;
  assign N1157 = ~N70;
  assign N1159 = ~N71;
  assign N73 = ~commit_instr_i[290];
  assign N74 = ~commit_instr_i[289];
  assign instr_0_is_amo = N72;
  assign N75 = ~instr_0_is_amo;
  assign N76 = ~exception_o[0];
  assign N77 = ~amo_resp_i[64];
  assign N142 = commit_instr_i[201] & N1089;
  assign N143 = ~N142;
  assign N144 = N1160 | debug_mode_i;
  assign N1160 = ~debug_req_i;
  assign N145 = ~N144;
  assign N146 = N1117 & N75;
  assign N147 = ~N146;
  assign N150 = ~commit_instr_i[291];
  assign N153 = ~commit_instr_i[294];
  assign N157 = N1161 | N1162;
  assign N1161 = ~N152;
  assign N1162 = ~N156;
  assign N158 = ~N157;
  assign N309 = N1113 | N1163;
  assign N1163 = flush_dcache_i & N1116;
  assign N310 = ~N309;
  assign N458 = instr_0_is_amo & N1164;
  assign N1164 = ~commit_instr_i[69];
  assign N459 = ~N458;
  assign N531 = N1170 & N1171;
  assign N1170 = N1169 & N75;
  assign N1169 = N1167 & N1168;
  assign N1167 = N1166 & N530;
  assign N1166 = N1165 & N1089;
  assign N1165 = commit_ack_o[0] & commit_instr_i[563];
  assign N1168 = ~flush_dcache_i;
  assign N1171 = ~single_step_i;
  assign N532 = ~N531;
  assign N539 = N1180 | N1181;
  assign N1180 = N1178 | N1179;
  assign N1178 = N1176 | N1177;
  assign N1176 = N1174 | N1175;
  assign N1174 = N1172 | N1173;
  assign N1172 = ~N534;
  assign N1173 = ~N536;
  assign N1175 = ~N537;
  assign N1177 = ~N538;
  assign N1179 = ~N547;
  assign N1181 = ~N551;
  assign N540 = N1183 & N539;
  assign N1183 = N76 & N1182;
  assign N1182 = ~commit_instr_i[431];
  assign N541 = ~N540;
  assign N542 = ~commit_instr_i[655];
  assign N543 = ~commit_instr_i[654];
  assign N544 = ~commit_instr_i[653];
  assign N548 = ~commit_instr_i[656];
  assign N552 = N1179 | N1181;
  assign N553 = ~N552;
  assign N554 = ~N463;
  assign N555 = commit_instr_i[138] | commit_instr_i[500];
  assign N556 = commit_instr_i[137] | commit_instr_i[499];
  assign N557 = commit_instr_i[136] | commit_instr_i[498];
  assign N558 = commit_instr_i[135] | commit_instr_i[497];
  assign N559 = commit_instr_i[134] | commit_instr_i[496];
  assign N695 = ~commit_instr_i[201];
  assign N696 = csr_exception_i[0] & N1184;
  assign N1184 = ~csr_exception_i[128];
  assign N697 = ~N696;
  assign N827 = ~commit_instr_i[69];
  assign N957 = N1187 & N1094;
  assign N1187 = N1185 & N1186;
  assign N1185 = csr_exception_i[0] & csr_exception_i[128];
  assign N1186 = ~amo_valid_commit_o;
  assign N958 = ~N957;
  assign N1089 = ~halt_i;

endmodule